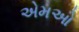
એમઓ